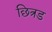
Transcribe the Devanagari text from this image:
छित्रड